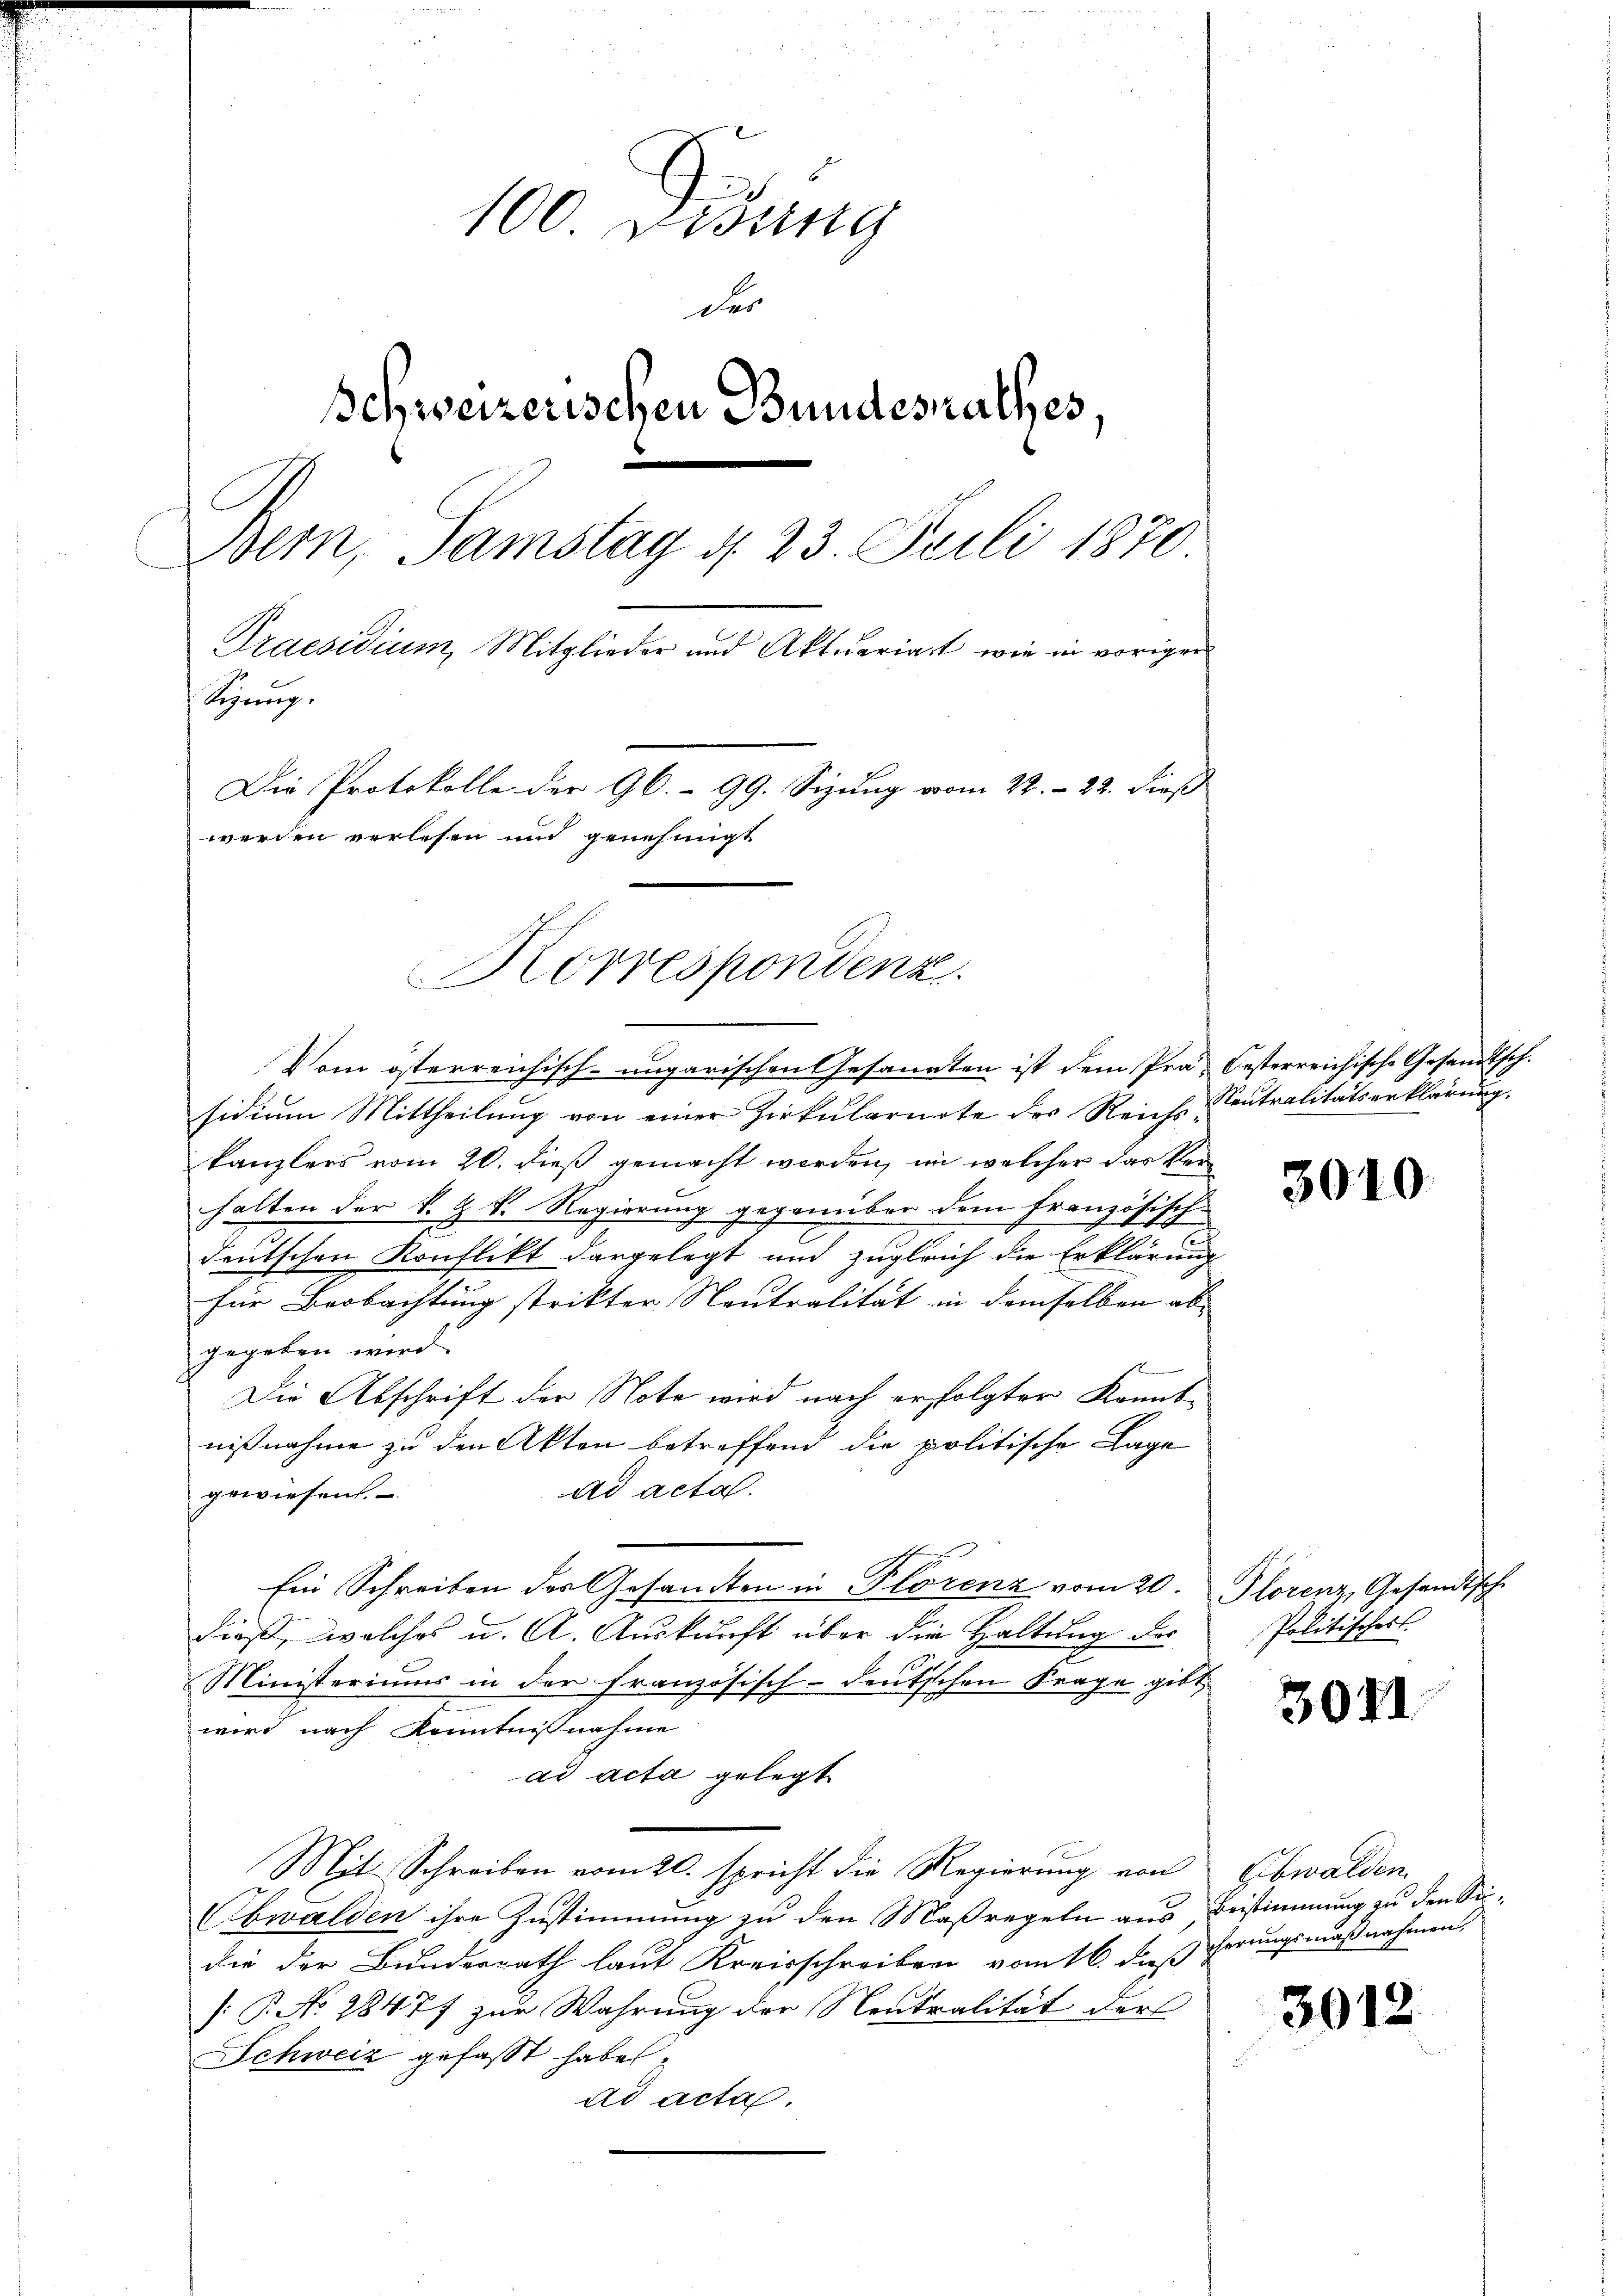
100 Didung
der
Schweizerischen Bundesrathes.
Bern, Samstag d. 23. Feili 1870
Praesidium, Mitglieder und Aktuariart, wie in vorigen
Sizung.
Die Protokolle der 96. 99. Sizung vom 22. 22. dieß
werden verlesen und genehmigt

Vom österreichisch-ungarischen Gesandten ist dem Prä- Oesterreichische Gesandtsch.
sidium Mittheilung von einer Zirkularirte des Reichs-eutralitätserklärung.
kanzlers vom 20. dieß gemacht werden, im welcher das kleihalten der k. k. k. Regierung gegenüber dem Französisch-
en
deutschen Konflikt dargelegt und zugleich die Erklärung
für Beobachtung strikter Neutralität in demselben ab- |
gegeben wird
Die Abschrift der Note wird nach erfolgter Kanntnißnahme zu den Akten betreffend die politische Lage
ad acta.
gewiesen.
Ein Schreiben des Gesandten in Plorenz vom 20. Plorenz, Gesandtsche
dieß, welches u. A. Auskunft über die Haltung des
Ministeriums in der französisch-deutschen Frage gibt
wird nach Kenntnißnahme
ad acta gelegt.
Mit Schreiben vom 20. spricht die Regierung von Obwalden
Obwalden ihre Zustimmung zu den Maßregeln aus, Bestimmung zu den Seidie der Bundesrath laut Kreisschreiben vom 16. dieß herungsmaßnahmen,
[P. No 28477 zur Wahrung der Neutralität der
Schweiz gefasst habe,
ad acta.

Korrespondenz

3010

Politisches

3071.

3012